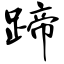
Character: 蹄